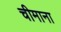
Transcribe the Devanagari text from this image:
चीमाना